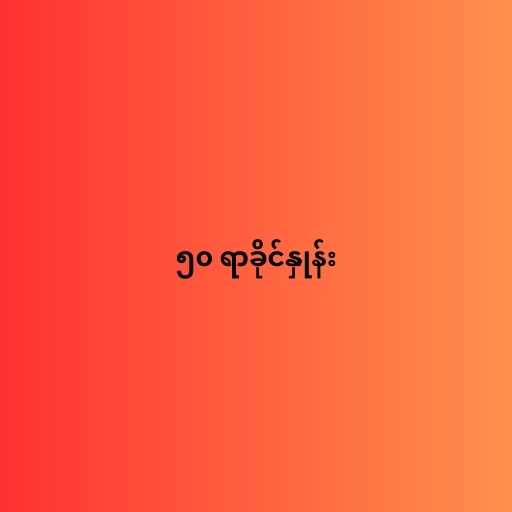
၅၀ ရာခိုင်နှုန်း